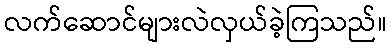
လက်ဆောင်များလဲလှယ်ခဲ့ကြသည်။